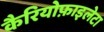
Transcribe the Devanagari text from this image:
कैरियोफ़ाइलेटा